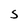
Character: s